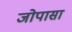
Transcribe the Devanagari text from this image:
जोपासा